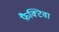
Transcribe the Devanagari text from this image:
फ़ैक्टिवा